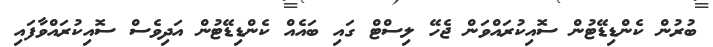
ބުރުން ކެންޑިޑޭޓުން ސޮއިކުރައްވަން ޖެހޭ ލިސްޓް ގައި ބައެއް ކެންޑިޑޭޓުން އަދިވެސް ސޮއިކުރައްވާފައި